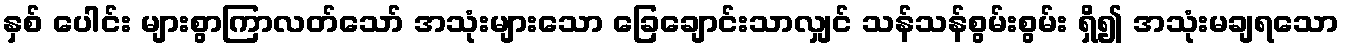
နှစ် ပေါင်း များစွာကြာလတ်သော် အသုံးများသော ခြေချောင်းသာလျှင် သန်သန်စွမ်းစွမ်း ရှိ၍ အသုံးမချရသော